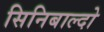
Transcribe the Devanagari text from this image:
सिनिबाल्दो